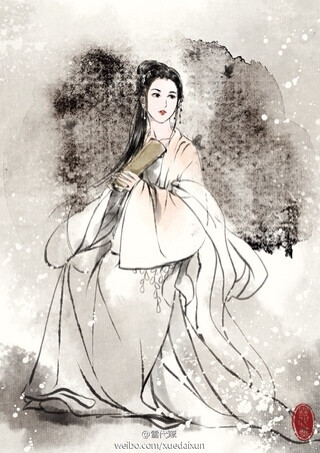
海燕未来人斗草，江梅已过柳生绵。黄昏疏雨湿秋千。